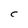
Character: C